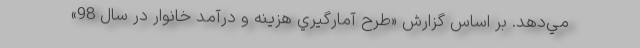
مي‌دهد. بر اساس گزارش «طرح آمارگيري هزينه و درآمد خانوار در سال 98»